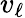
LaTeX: v_{\ell}